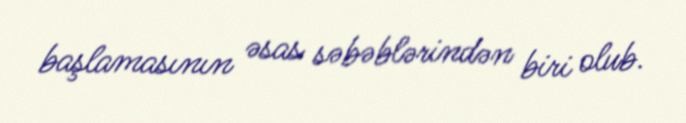
başlamasının əsas səbəblərindən biri olub.